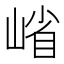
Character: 𭖶